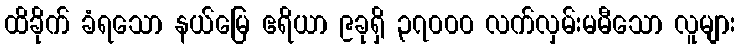
ထိခိုက် ခံရသော နယ်မြေ ဧရိယာ ၉ခုရှိ ၃၇၀၀၀ လက်လှမ်းမမီသော လူများ